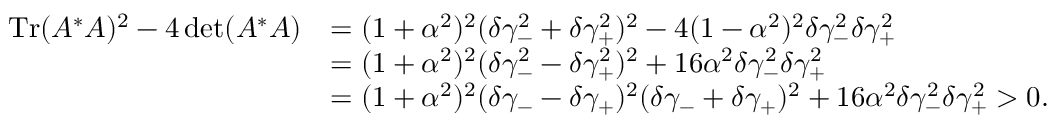
\begin{array} { r l } { \operatorname { T r } ( A ^ { * } A ) ^ { 2 } - 4 \operatorname* { d e t } ( A ^ { * } A ) } & { = ( 1 + \alpha ^ { 2 } ) ^ { 2 } ( \delta \gamma _ { - } ^ { 2 } + \delta \gamma _ { + } ^ { 2 } ) ^ { 2 } - 4 ( 1 - \alpha ^ { 2 } ) ^ { 2 } \delta \gamma _ { - } ^ { 2 } \delta \gamma _ { + } ^ { 2 } } \\ & { = ( 1 + \alpha ^ { 2 } ) ^ { 2 } ( \delta \gamma _ { - } ^ { 2 } - \delta \gamma _ { + } ^ { 2 } ) ^ { 2 } + 1 6 \alpha ^ { 2 } \delta \gamma _ { - } ^ { 2 } \delta \gamma _ { + } ^ { 2 } } \\ & { = ( 1 + \alpha ^ { 2 } ) ^ { 2 } ( \delta \gamma _ { - } - \delta \gamma _ { + } ) ^ { 2 } ( \delta \gamma _ { - } + \delta \gamma _ { + } ) ^ { 2 } + 1 6 \alpha ^ { 2 } \delta \gamma _ { - } ^ { 2 } \delta \gamma _ { + } ^ { 2 } > 0 . } \end{array}